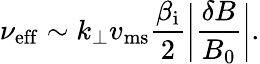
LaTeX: \nu_{\mathrm{eff}}\sim k_{\perp}v_{\mathrm{ms}}\frac{\beta_{\mathrm{i}}}{2}\biggl|\frac{\delta B}{B_{0}}\biggr|.